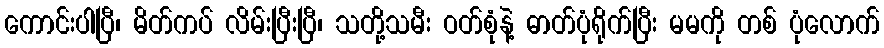
ကောင်းပါပြီ၊ မိတ်ကပ် လိမ်းပြီးပြီ၊ သတို့သမီး ဝတ်စုံနဲ့ ဓာတ်ပုံရိုက်ပြီး မမကို တစ် ပုံလောက်